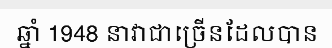
ឆ្នាំ 1948 នាវាជាច្រើនដែលបាន